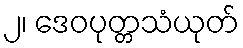
၂၊ ဒေဝပုတ္တသံယုတ်